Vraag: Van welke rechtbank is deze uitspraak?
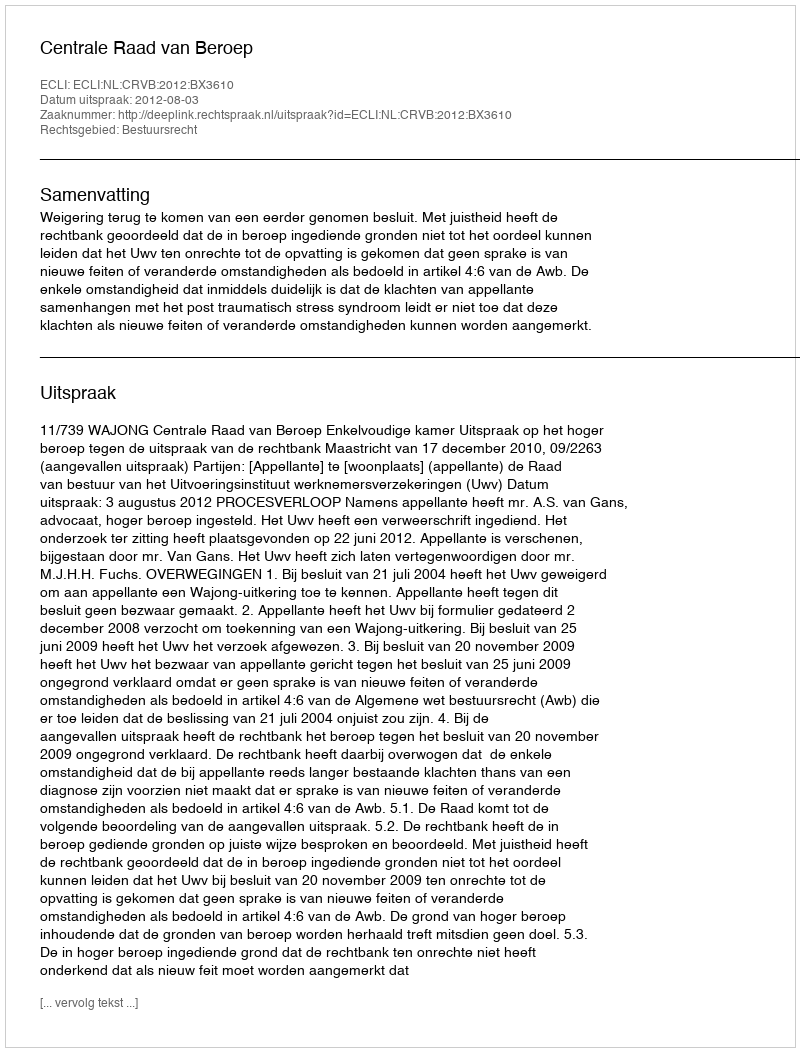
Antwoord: Centrale Raad van Beroep